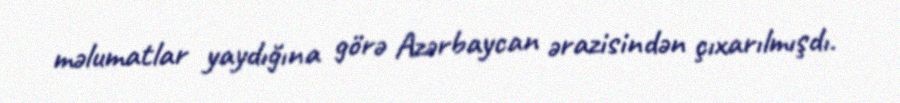
məlumatlar yaydığına görə Azərbaycan ərazisindən çıxarılmışdı.